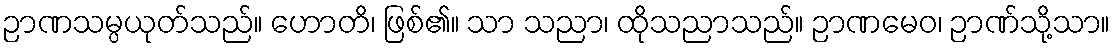
ဉာဏသမ္ပယုတ်သည်။ ဟောတိ၊ ဖြစ်၏။ သာ သညာ၊ ထိုသညာသည်။ ဉာဏမေဝ၊ ဉာဏ်သို့သာ။